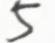
5